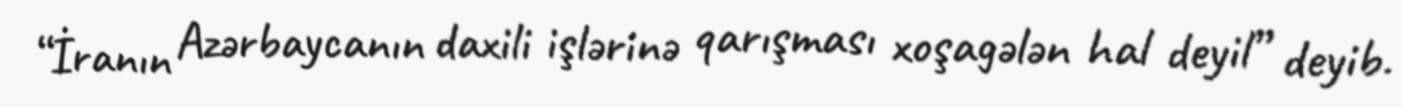
“İranın Azərbaycanın daxili işlərinə qarışması xoşagələn hal deyil” deyib.